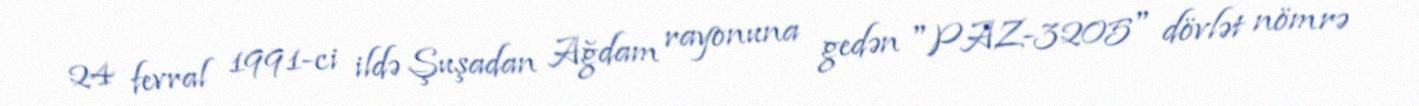
24 fevral 1991-ci ildə Şuşadan Ağdam rayonuna gedən "PAZ-3205" dövlət nömrə